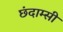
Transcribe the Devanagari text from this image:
छंदाम्सी